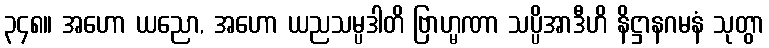
၃၄၈။ အဟော ယညော, အဟော ယညသမ္ပဒါတိ ဗြာဟ္မဏာ သပ္ပိအာဒီဟိ နိဋ္ဌာနဂမနံ သုတွာ